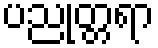
ပညုတ္တရာ